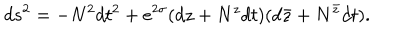
d s ^ { 2 } = - N ^ { 2 } d t ^ { 2 } + e ^ { 2 \sigma } ( d z + N ^ { z } d t ) ( d \bar { z } + N ^ { \bar { z } } d t ) .